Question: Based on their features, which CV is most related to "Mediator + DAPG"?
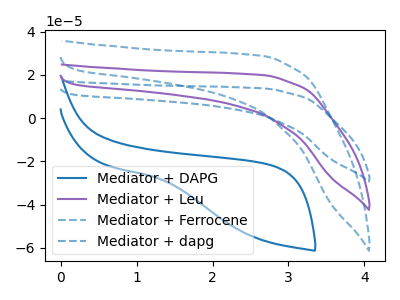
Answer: <think>The blue curve "Mediator + DAPG" has no peaks. The purple curve "Mediator + Leu" has no peaks. The blue dashed curve "Mediator + Ferrocene" has no peaks. The blue dashed curve "Mediator + dapg" has no peaks.
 Neither "Mediator + DAPG" or "Mediator + Leu" have any peaks. Neither "Mediator + DAPG" or "Mediator + Ferrocene" have any peaks. Neither "Mediator + DAPG" or "Mediator + dapg" have any peaks. Neither "Mediator + Leu" or "Mediator + Ferrocene" have any peaks. Neither "Mediator + Leu" or "Mediator + dapg" have any peaks. Neither "Mediator + Ferrocene" or "Mediator + dapg" have any peaks.</think>
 <answer>"Mediator + DAPG", "Mediator + Leu" and "Mediator + dapg" have a similar shape to "Mediator + Ferrocene".</answer>
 <eval>"Mediator + DAPG" "Mediator + Leu" "Mediator + dapg"</eval>